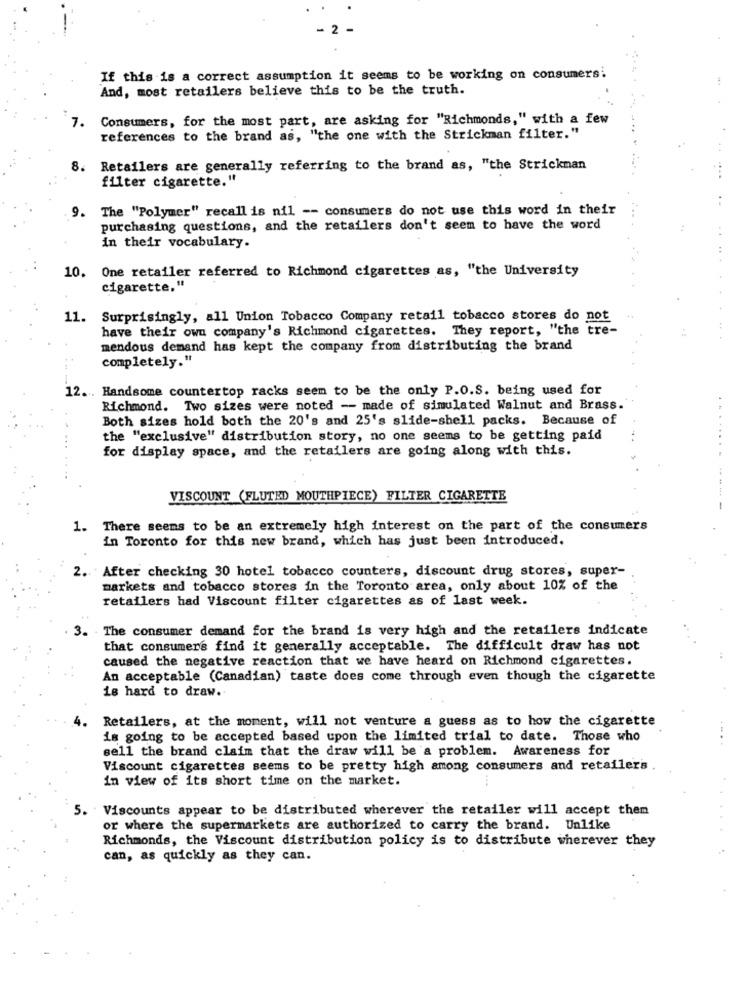
2
If this is a correct assumption it seems to be working on consumers:
And, most retailers believe this to be the truth.
7.
Consumers, for the most part, are asking for "Richmonds," with a few
references to the brand as, "the one with the Strickman filter."
8. Retailers are generally referring to the brand as, "the Strickman
filter cigarette."
9. The "Polymer" recall is nil -- consumers do not use this word in their
purchasing questions, and the retailers don't seem to have the word
in their vocabulary.
10. One retailer referred to Richmond cigarettes as, "the University
cigarette,"
11.
Surprisingly, all Union Tobacco Company retail tobacco stores do not
have their own company's Richmond cigarettes. They report, "the tre-
mendous demand has kept the company from distributing the brand
completely."
12 .. Handsome countertop racks seem to be the only P.O.S. being used for
Richmond. Two sizes were noted - made of simulated Walnut and Brass.
Both sizes hold both the 20's and 25's slide-shell packs. Because of
the "exclusive" distribution story, no one seems to be getting paid
for display space, and the retailers are going along with this.
.......
VISCOUNT (FLUTED MOUTHPIECE) FILTER CIGARETTE
---- -
1. There seems to be an extremely high interest on the part of the consumers
in Toronto for this new brand, which has just been introduced.
2.After checking 30 hotel tobacco counters, discount drug stores, super-
markets and tobacco stores in the Toronto area, only about 10% of the
retailers had Viscount filter cigarettes as of last week.
3. The consumer demand for the brand is very high and the retailers indicate
that consumers find it generally acceptable. The difficult draw has not
caused the negative reaction that we have heard on Richmond cigarettes.
An acceptable (Canadian) taste does come through even though the cigarette
is hard to draw ..
. Retailers, at the moment, will not venture a guess as to how the cigarette
is going to be accepted based upon the limited trial to date. Those who
sell the brand claim that the draw will be a problem. Awareness for
Viscount cigarettes seems to be pretty high among consumers and retailers
in view of its short time on the market.
...
5. Viscounts appear to be distributed wherever the retailer will accept them
or where the supermarkets are authorized to carry the brand. Unlike
Richmonds, the Viscount distribution policy is to distribute wherever they
can, as quickly as they can.